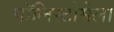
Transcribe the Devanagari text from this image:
पॉलिस्टोमेला